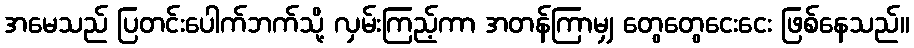
အမေသည် ပြတင်းပေါက်ဘက်သို့ လှမ်းကြည့်ကာ အတန်ကြာမျှ တွေတွေငေးငေး ဖြစ်နေသည်။